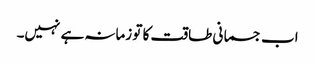
اب جسمانی طاقت کا تو زمانہ ہے نہیں۔